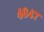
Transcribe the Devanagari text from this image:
४६४७